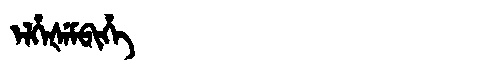
Manchu: ᡝᠯᡥᡝᡧᡝᠮᠪᡳᡥᡝ
Romanization: ELHEŠEMBIHE